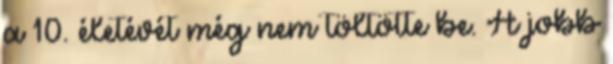
a 10. életévét még nem töltötte be. A jobb